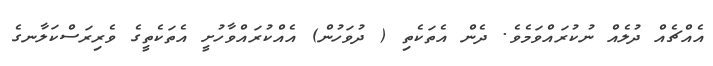
އެއްޗެއް ދުލެއް ނުކުރައްވަމެވެ. ދެން އެތަކެތި ( ދުވަހުން) އެއްކުރައްވާހުށީ އެތަކެތީގެ ވެރިރަސްކަލާނގެ